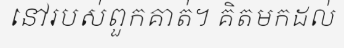
នៅរបស់ពួកគាត់។ គិតមកដល់